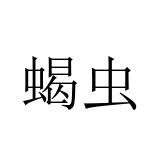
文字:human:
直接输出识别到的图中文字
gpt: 蝎虫